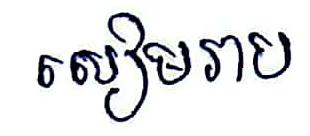
សៀមរាប